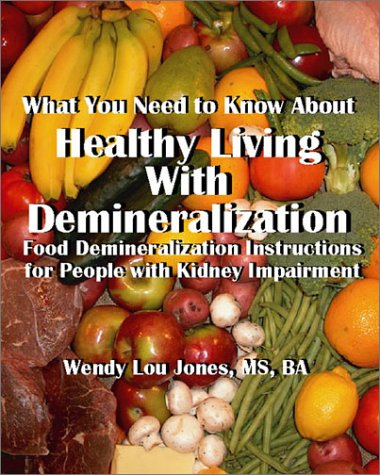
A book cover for Healthy Living with Demineralization; Wendy L. Jones; Health, Fitness & Dieting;